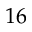
1 6